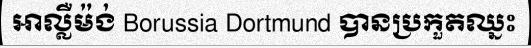
អាល្លឺម៉ង់ Borussia Dortmund បានប្រកួតឈ្នះ